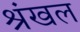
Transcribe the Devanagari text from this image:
श्रंखल